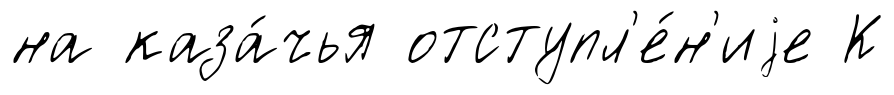
на каза́чья отступл'е́н'иjе К